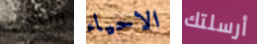
سنوي الاحياء أرسلتك